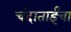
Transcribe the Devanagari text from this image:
चंदाताईंचा